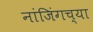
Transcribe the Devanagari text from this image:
नांजिंगच्या